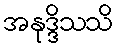
အနုဒ္ဒိသသိ